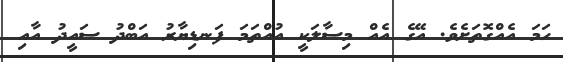
ހަމަ އެއްގޮތަށެވެ. އޭގެ އެއް މިސާލަކީ އުއްތަމަ ފަނޑިޔާރު އަބްދު ސައީދު އާއި